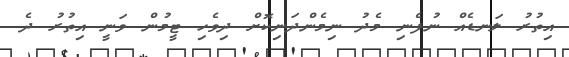
އިތުރު ލަނޑެއް ނުފެނި މެދު ނިމެންދަނިކޮށް ދިވެހި ޓީމުން ވަނީ އިތުރު ދެ